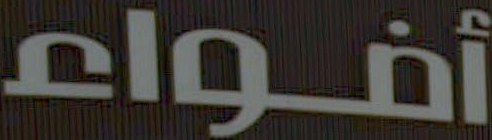
أضواء